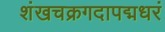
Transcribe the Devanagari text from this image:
शंखचक्रगदापद्मधरं